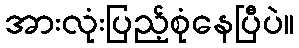
အားလုံးပြည့်စုံနေပြီပဲ။